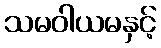
သမဝါယမနှင့်